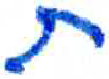
אות: ת